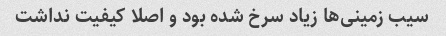
سیب زمینی‌ها زیاد سرخ شده بود و اصلا کیفیت نداشت